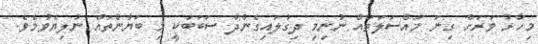
މިހާރު ވަރަށް ގިނަ މައްސަލަތައް ނުނިމި ދިގުލައިގެންދާ ސަބަބަކީ މި ބަޔާންތައް ނުލިޔެވުމެވެ.